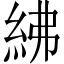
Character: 紼